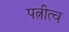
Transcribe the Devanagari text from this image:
पत्नीत्व